Vaccine operations Central Provinces 1900-1911 - 1900-1911
Year: 1900
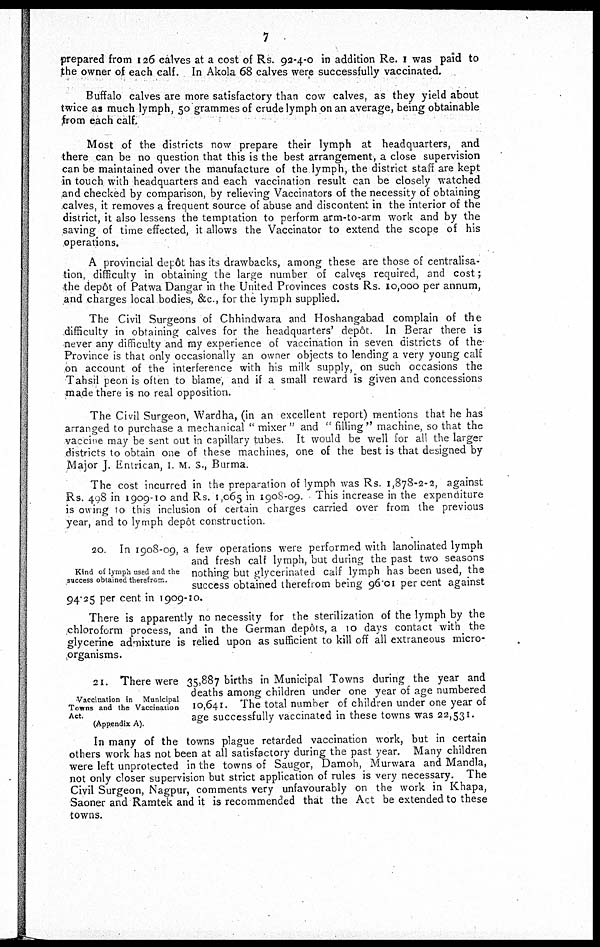
7
prepared from 126 calves at a cost of Rs. 92-4-0 in addition Re. I was paid to
the owner of each calf. In Akola 68 calves were successfully vaccinated.
Buffalo calves are more satisfactory than cow calves, as they yield about
twice as much lymph, 50 grammes of crude lymph on an average, being obtainable
from each calf.
Most of the districts now prepare their lymph at headquarters, and
there can be no question that this is the best arrangement, a close supervision
can be maintained over the manufacture of the lymph, the district staff are kept
in touch with headquarters and each vaccination result can be closely watched
and checked by comparison, by relieving Vaccinators of the necessity of obtaining
calves, it removes a frequent source of abuse and discontent in the interior of the
district, it also lessens the temptation to perform arm-to-arm work and by the
saving of time effected, it allows the Vaccinator to extend the scope of his
operations.
A provincial depôt has its drawbacks, among these are those of centralisa-
tion, difficulty in obtaining the large number of calves required, and cost;
the depôt of Patwa Dangar in the United Provinces costs Rs. 10,000 per annum,
and charges local bodies, &c , for the lymph supplied.
The Civil Surgeons of Chhindwara and Hoshangabad complain of the
difficulty in obtaining calves for the headquarters' depôt. In Berar there is
never any difficulty and my experience of vaccination in seven districts of the
Province is that only occasionally an owner objects to lending a very young calf
on account of the interference with his milk supply, on such occasions the
Tahsil peon is often to blame, and if a small reward is given and concessions
made there is no real opposition.
The Civil Surgeon, Wardha, (in an excellent report) mentions that he has
arranged to purchase a mechanical " mixer" and " filling" machine, so that the
vaccine may be sent out in capillary tubes. It would be well for all the larger
districts to obtain one of these machines, one of the best is that designed by
Major J. Entrican, I M. S., Burma.
The cost incurred in the preparation of lymph was Rs. 1,878-2-2, against
Rs. 498 in 1909-10 and Rs. 1,065 in 1908-09. This increase in the expenditure
is owing 10 this inclusion of certain charges carried over from the previous
year, and to lymph depôt construction.
Kind of lymph used and the
success obtained therefrom.
20. In 1908-09, a few operations were performed with lanolinated lymph
and fresh calf lymph, but during the past two seasons
nothing but glycerinated calf lymph has been used, the
success obtained therefrom being 96.01 per cent against
94.25 per cent in 1909-10.
There is apparently no necessity for the sterilization of the lymph by the
chloroform process, and in the German depôts, a 10 days contact with the
glycerine admixture is relied upon as sufficient to kill off all extraneous micro-
organisms.
Vaccination in Municipal
Towns and the Vaccination
Act.
(Appendix A).
21. There were 35,887 births in Municipal Towns during the year and
deaths among children under one year of age numbered
10,641. The total number of children under one year of
age successfully vaccinated in these towns was 22,531.
In many of the towns plague retarded vaccination work, but in certain
others work has not been at all satisfactory during the past year. Many children
were left unprotected in the towns of Saugor, Damoh, Murwara and Mandla,
not only closer supervision but strict application of rules is very necessary. The
Civil Surgeon, Nagpur, comments very unfavourably on the work in Khapa,
Saoner and Ramtek and it is recommended that the Act be extended to these
towns.